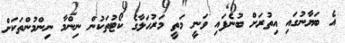
އެ ބަޔާނުގައި އިތުރަށް ބުނެފައި ވަނީ މަތީ މަރުހަލާގެ ކޯޓުތަކުން ނިންމާ ނިންމުންތަކަށް